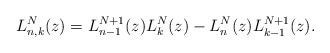
LaTeX: \begin{gather*} L_{n,k}^{N}(z) =L_{n-1}^{N+1}(z) L_{k}^{N}( z) -L_{n}^{N}(z) L_{k-1}^{N+1}(z) .\end{gather*}